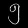
Digit: ၅